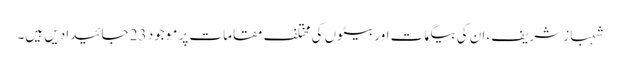
شہباز شریف ،ان کی بیگمات اور بیٹوں کی مختلف مقامات پر موجود 23 جائیدادیں ہیں۔